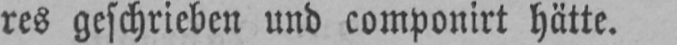
res geschrieben und componirt hätte.